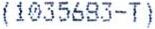
(1035693-T)